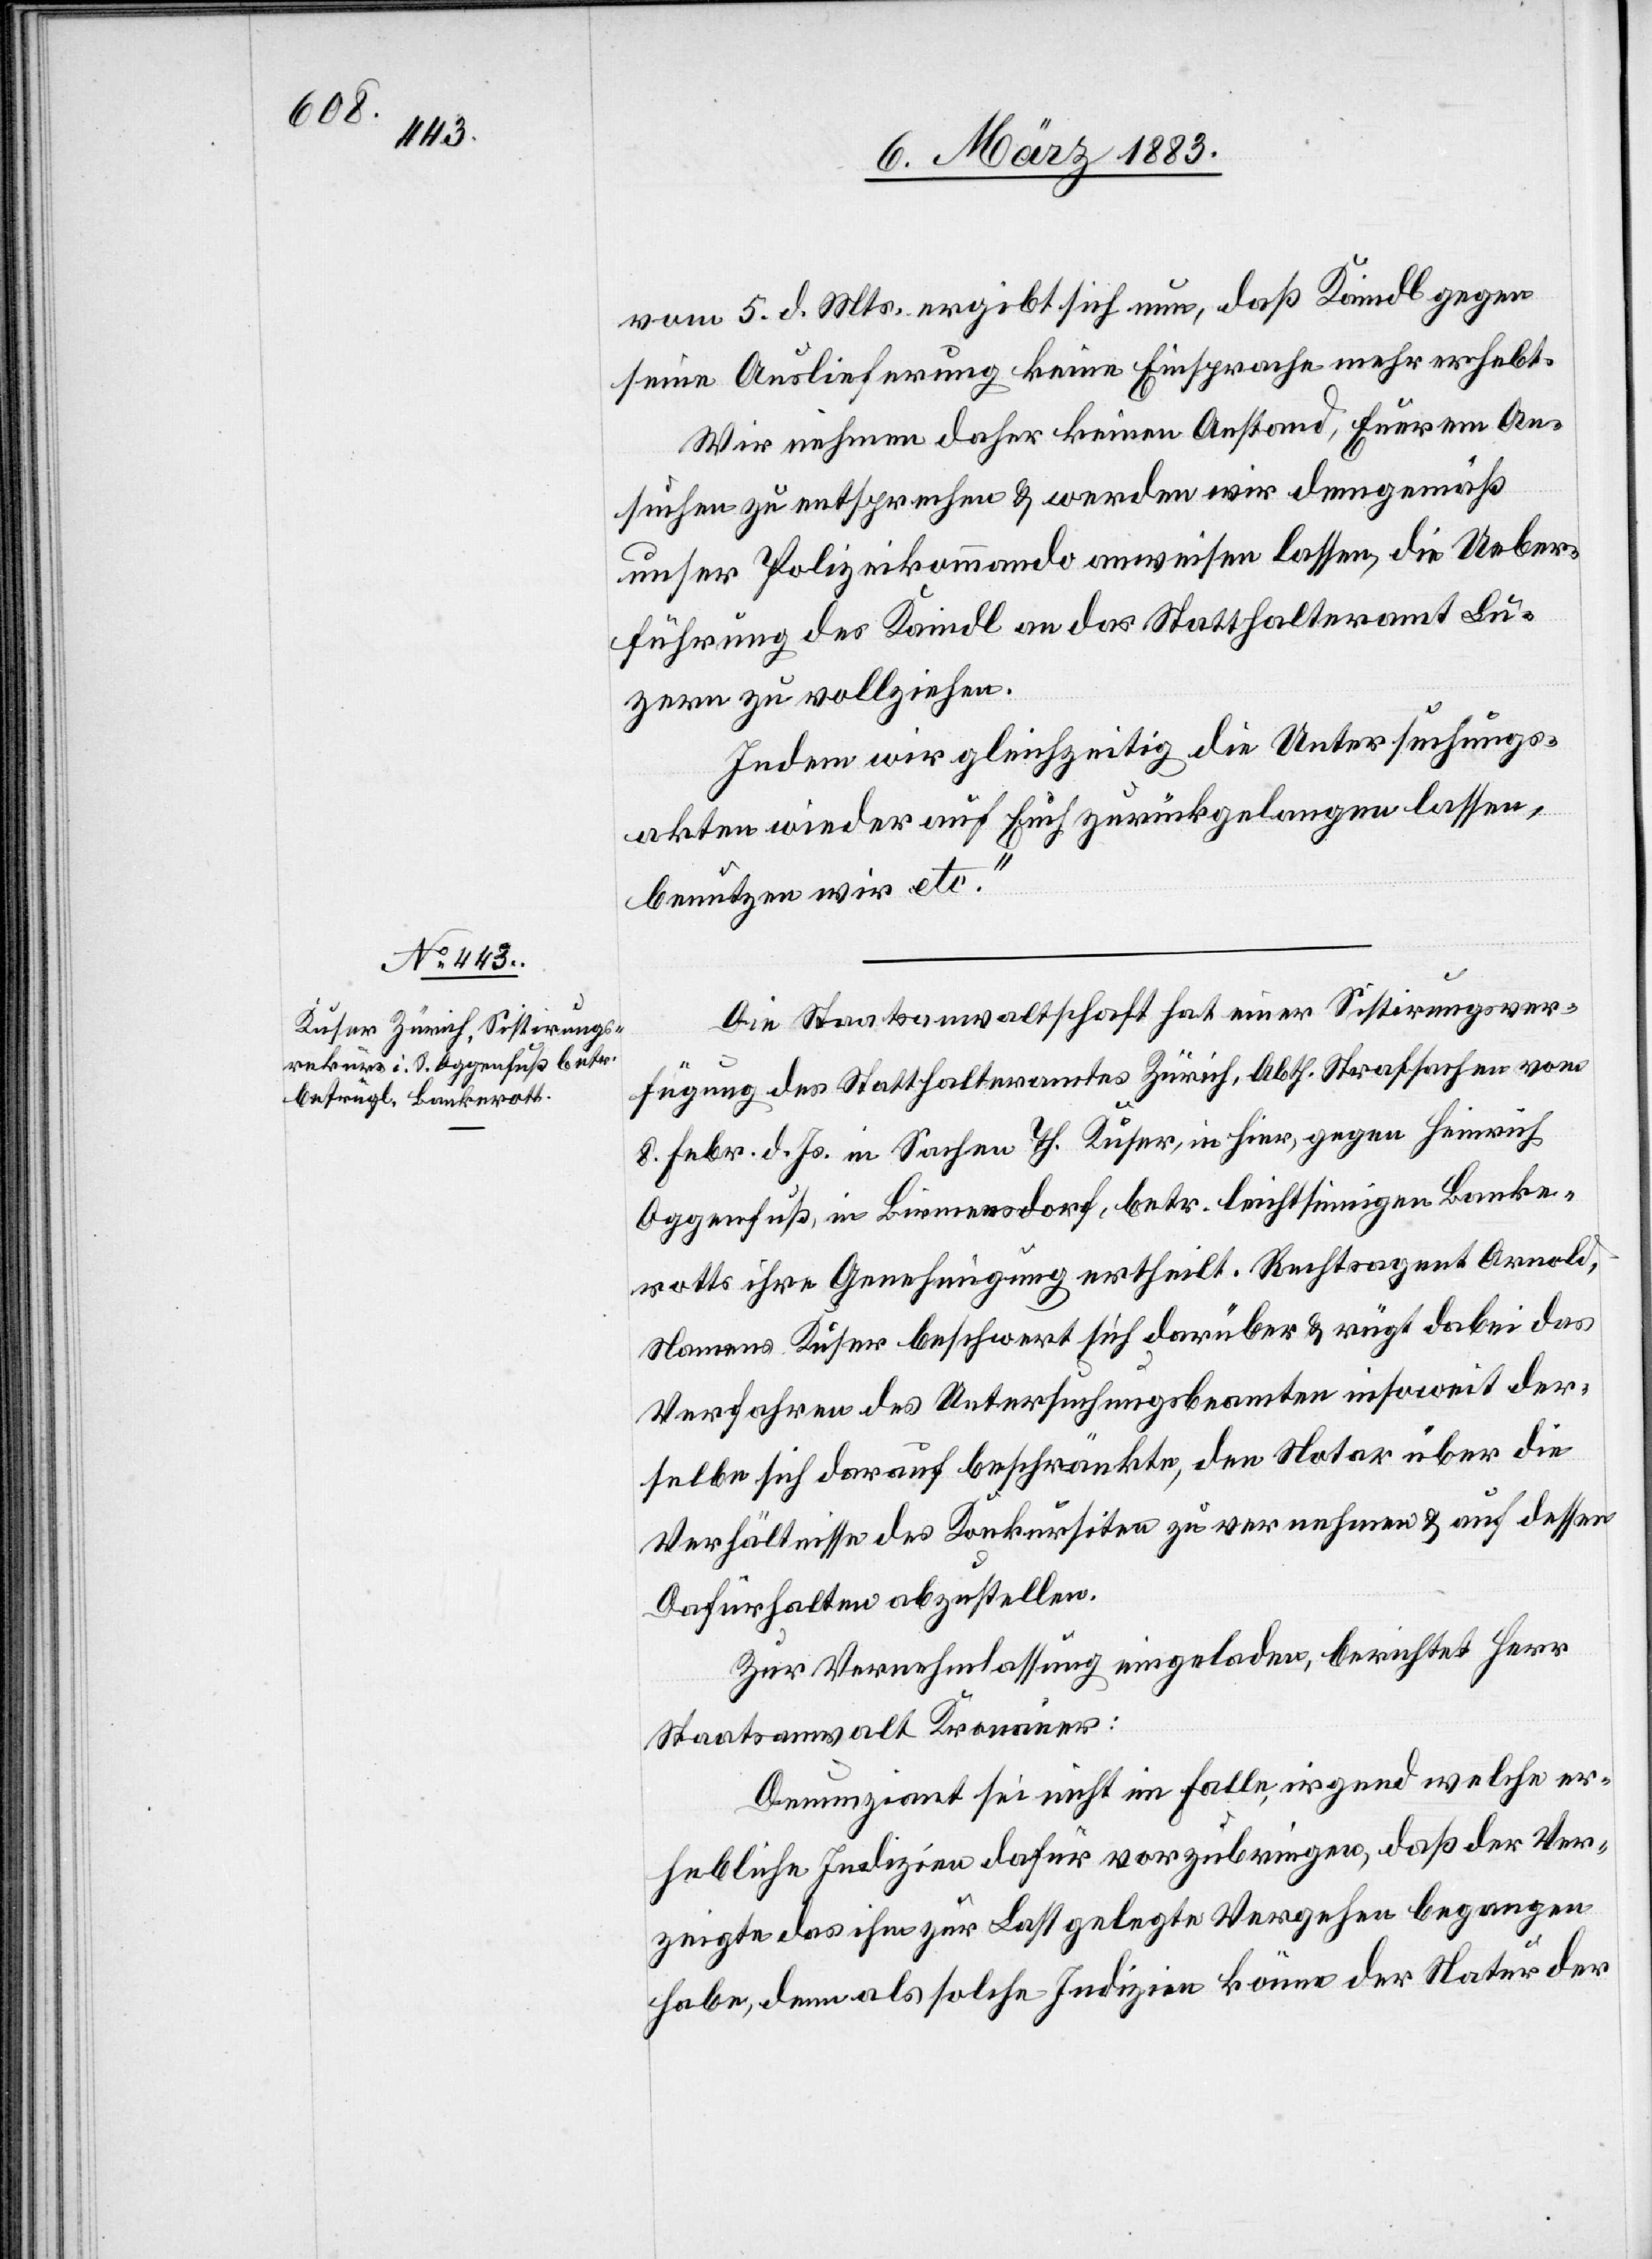
vom 5. d. Mts. ergibt sich nun, daß Kaindl gegen
seine Auslieferung keine Einsprache mehr erhebt.
Wir nehmen daher keinen Anstand, Euerem An¬
suchen zu entsprechen & werden wir demgemäß
unser Polizeikommando anweisen lassen, die Ueber¬
führung des Kaindl an das Statthalteramt Lu¬
zern zu vollziehen.
Indem wir gleichzeitig die Untersuchungs¬
akten wieder auf [sic!] Euch zurückgelangen lassen,
benutzen wir etc.“
Die Staatsanwaltschaft hat einer Sistirungsver¬
fügung des Statthalteramtes Zürich, Abth. Strafsachen vom
8. Febr. d. Js. in Sachen Th. Kuser, in hier, gegen Heinrich
Oggenfuß, in Birmensdorf, betr. leichtsinnigen Banke¬
rotts ihre Genehmigung ertheilt. Rechtsagent Arnold,
Namens Kuser beschwert sich darüber & rügt dabei das
Verfahren des Untersuchungsbeamten insoweit der¬
selbe sich darauf beschränkte, den Notar über die
Verhältnisse des Konkursiten zu vernehmen & auf dessen
Dafürhalten abzustellen.
Zur Vernehmlassung eingeladen, berichtet Herr
Staatsanwalt Kronauer:
Denunziant sei nicht im Falle, irgend welche er¬
hebliche Indizien dafür vorzubringen, daß der Ver¬
zeigte das ihm zur Last gelegte Vergehen begangen
habe, denn als solche Indizien könne der Natur der